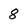
Character: 8